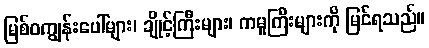
မြစ်ဝကျွန်းပေါ်များ၊ ချိုင့်ကြီးများ၊ ကမူကြီးများကို မြင်ရသည်။